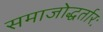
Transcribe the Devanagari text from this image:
समाजोद्धर्तारः